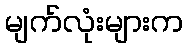
မျက်လုံးများက